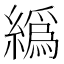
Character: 𦅂